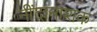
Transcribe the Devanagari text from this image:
नींदानाशक